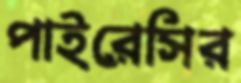
পাইরেসির